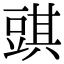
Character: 𧯯